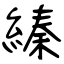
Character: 縥